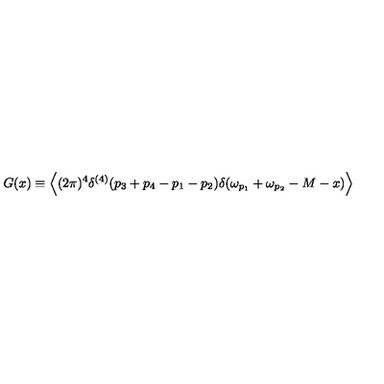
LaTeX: G ( x ) \equiv \left\langle { ( 2 \pi ) ^ { 4 } \delta ^ { ( 4 ) } ( p _ { 3 } + p _ { 4 } - p _ { 1 } - p _ { 2 } ) \delta ( \omega _ { p _ { 1 } } + \omega _ { p _ { 2 } } - M - x ) } \right\rangle